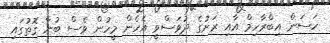
ހަސަން އިބްރާހިމް އާއި ރަށުގެ ދުވަސްވީ އެހެން މީހުން ވެސް ބުނާ ގޮތުގައި